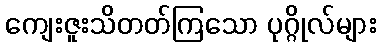
ကျေးဇူးသိတတ်ကြသော ပုဂ္ဂိုလ်များ